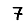
Digit: 7